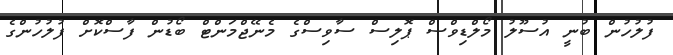
ފުލުހުން ބުނީ އުސޫލު މޯލްޑިވްސް ޕޮލިސް ސާވިސްގެ މެނޭޖްމަންޓް ބޯޑުން ފާސްކޮށް ފުލުހުންގެ